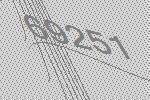
69251